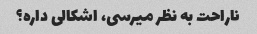
ناراحت به نظر میرسی، اشکالی داره؟